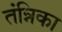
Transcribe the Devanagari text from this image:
तंन्निका